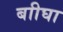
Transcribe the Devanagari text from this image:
बाीघा